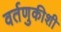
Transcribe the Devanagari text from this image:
वर्तणुकीशी